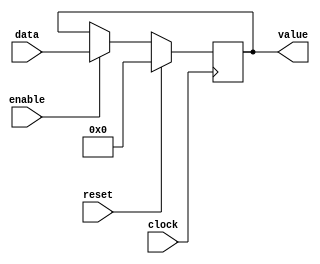
module PC_Latch (
    input clock,
    input reset,
    input enable,
    input [31:0] data,
    output reg [31:0] value
);

    initial begin
        value = 32'd0;
    end

    //Transfers the data from the input to the output for at least 1 clock cycle
    always @ (posedge clock) begin
        value <= (reset) ? 32'd0 : ((enable) ? data : value);
    end

endmodule